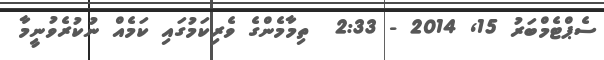
ސެޕްޓެމްބަރު 15